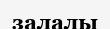
залалы